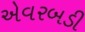
એવરબડી